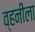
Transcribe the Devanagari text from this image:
व्हनीला